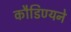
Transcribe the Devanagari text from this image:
कौडिण्यने